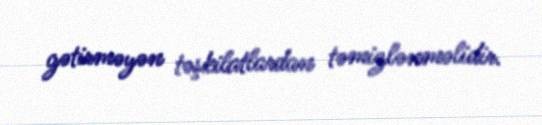
gətirməyən təşkilatlardan təmizlənməlidir.